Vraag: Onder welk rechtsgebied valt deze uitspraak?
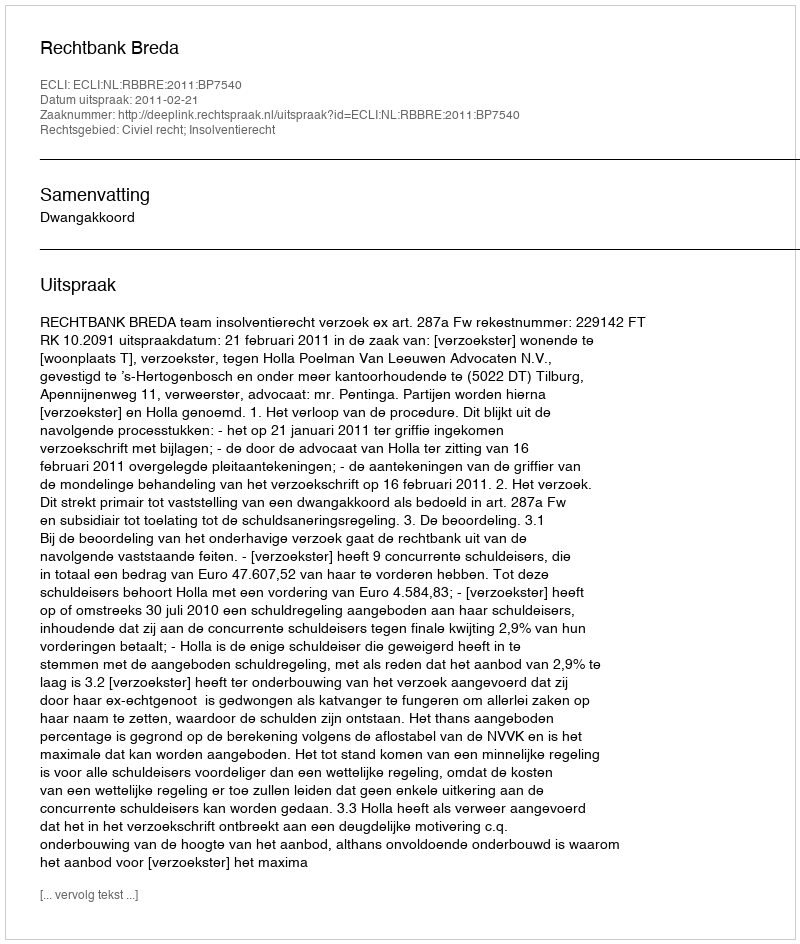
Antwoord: Civiel recht; Insolventierecht